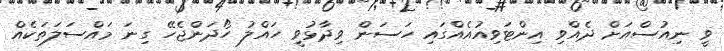
ވީ ނިއުސްއަށް ދެއްވި އިންޓަވިއުއެއްގައި ހަސަން ވިދާޅުވީ ހައްލު ހޯދަންޖެހޭ ގިނަ މައްސަލަތަކެއް